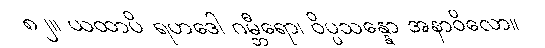
၈၂။ ယထာပိ ရဟဒေါ ဂမ္ဘီရော၊ ဝိပ္ပသန္နော အနာဝိလော။